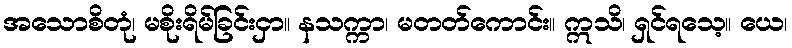
အသောစိတုံ၊ မစိုးရိမ်ခြင်းငှာ။ နသက္ကာ၊ မတတ်ကောင်း။ ဣသိ၊ ရှင်ရသေ့။ ယေ၊